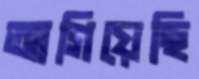
আগিয়েছি